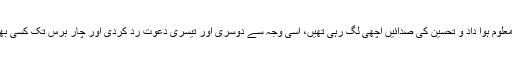
جب دل سے پوچها تو معلوم ہوا داد و تحسین کی صدائیں اچهی لگ رہی تهیں، اسی وجہ سے دوسری اور تیسری دعوت رد کردی اور چار برس تک کسی بهی منبر پر قدم نہ رکها۔